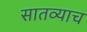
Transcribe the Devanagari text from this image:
सातव्याच